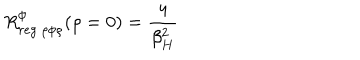
R _ { r e g \ \rho \phi \rho } ^ { \phi } ( \rho = 0 ) = { \frac { 4 } { \beta _ { H } ^ { 2 } } }